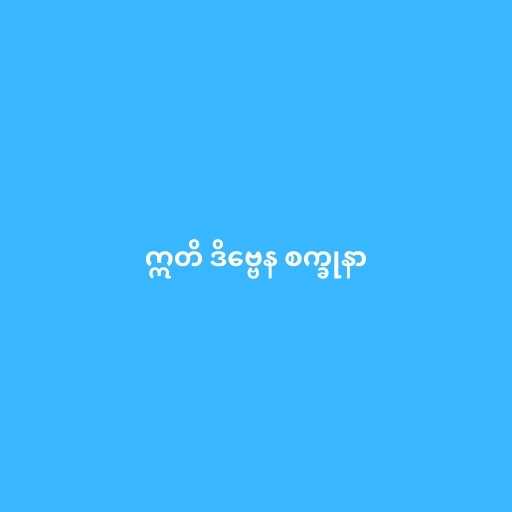
ဣတိ ဒိဗ္ဗေန စက္ခုနာ